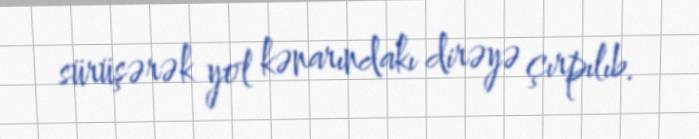
sürüşərək yol kənarındakı dirəyə çırpılıb.